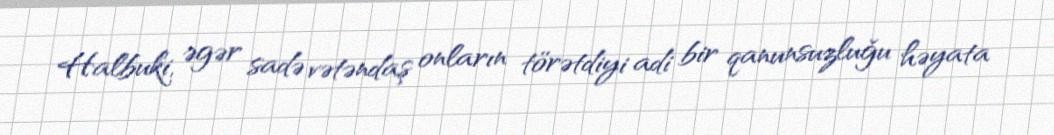
Halbuki, əgər sadə vətəndaş onların törətdiyi adi bir qanunsuzluğu həyata